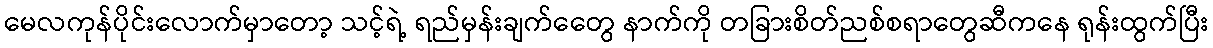
မေလကုန်ပိုင်းလောက်မှာတော့ သင့်ရဲ့ ရည်မှန်းချက်တွေေ နာက်ကို တခြားစိတ်ညစ်စရာတွေဆီကနေ ရုန်းထွက်ပြီး